Scientific memoirs by medical officers of the Army of India - Part VII,
Year: 1892
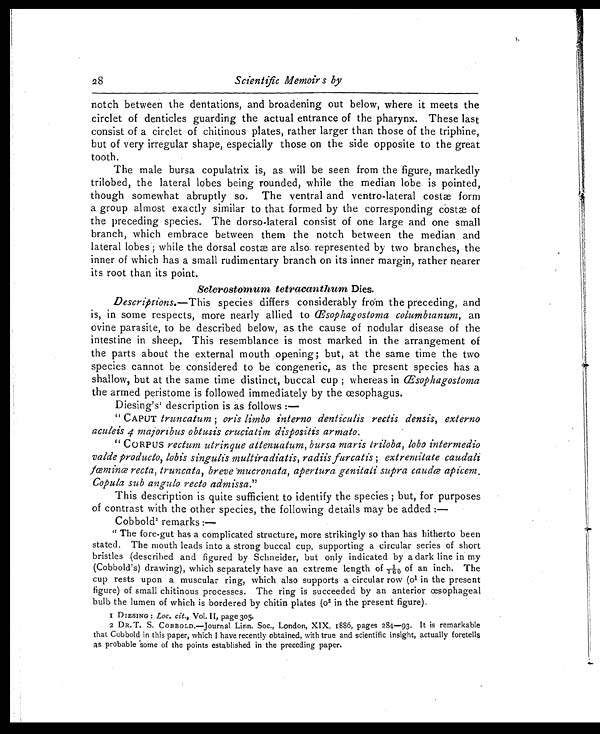
28
Scientific Memoirs by
notch between the dentations, and broadening out below, where it meets the
circlet of denticles guarding the actual entrance of the pharynx. These last
consist of a circlet of chitinous plates, rather larger than those of the triphine,
but of very irregular shape, especially those on the side opposite to the great
tooth.
The male bursa copulatrix is, as will be seen from the figure, markedly
trilobed, the lateral lobes being rounded, while the median lobe is pointed,
though somewhat abruptly so. The ventral and ventro-lateral costæ form
a group almost exactly similar to that formed by the corresponding costæ of
the preceding species. The dorso-lateral consist of one large and one small
branch, which embrace between them the notch between the median and
lateral lobes; while the dorsal costæ are also represented by two branches, the
inner of which has a small rudimentary branch on its inner margin, rather nearer
its root than its point.
Sclerostomum tetracanthum Dies.
Descriptions. —This species differs considerably from the preceding, and
is, in some respects, more nearly allied to Œsophagostoma columbianum, an
ovine parasite, to be described below, as the cause of nodular disease of the
intestine in sheep. This resemblance is most marked in the arrangement of
the parts about the external mouth opening; but, at the same time the two
species cannot be considered to be congeneric, as the present species has a
shallow, but at the same time distinct, buccal cup ; whereas in Œsophagostoma
the armed peristome is followed immediately by the œsophagus.
Diesing's1 description is as follows :
—
" CAPUT truncatum; oris limbo interno denticulis rectis densis, externo
aculeis 4 majoribus obtusis cruciatim dispositis armato.
" CORPUS rectum utrinque attenuatum, bursa maris triloba, lobo intermedio
valde producto, lobis singulis multiradiatis, radiis furcatis ; extremitate caudali
fœminœ recta, truncata, breve mucronata, apertura genitali supra caudœ apicem.
Copula sub angulo recto admissa. "
This description is quite sufficient to identify the species ; but, for purposes
of contrast with the other species, the following details may be added :—
Cobbold2 remarks :—
" The fore-gut has a complicated structure, more strikingly so than has hitherto been
stated. The mouth leads into a strong buccal cup, supporting a circular series of short
bristles (described and figured by Schneider, but only indicated by a dark line in my
(Cobbold's) drawing), which separately have an extreme length of 1/760 of an inch. The
cup rests upon a muscular ring, which also supports a circular row (o 1 in the present
figure) of small chitinous processes. The ring is succeeded by an anterior œsophageal
bulb the lumen of which is bordered by chitin plates (o2 in the present figure).
1 DIESING : Loc. cit., Vol. II, page 305.
2 DR. T. S. COBBOLD.—Journal Linn. Soc., London, XIX, 1886, pages 284—93. It is remarkable
that Cobbold in this paper, which I have recently obtained, with true and scientific insight, actually foretells
as probable some of the points established in the preceding paper.